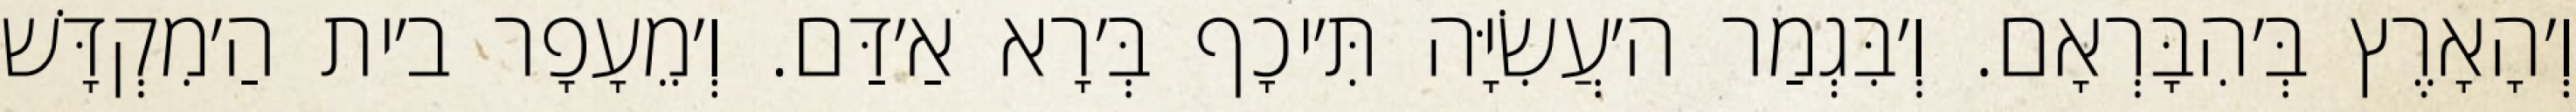
וְ׳הָאָרֶץ בְּ׳הִבָּרְאָם. וְ׳בִּגְמַר ה׳עֲשִׂיָּה תִּ׳יכָף בְּ׳רָא אַ׳דַּם. וְ׳מֵעָפָר ב׳ית הַ׳מִקְדָּשׁ